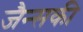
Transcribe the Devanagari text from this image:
जैन्सकी